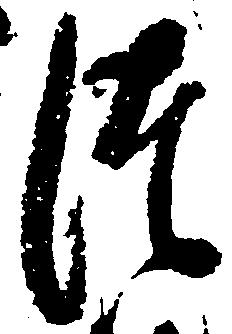
つ